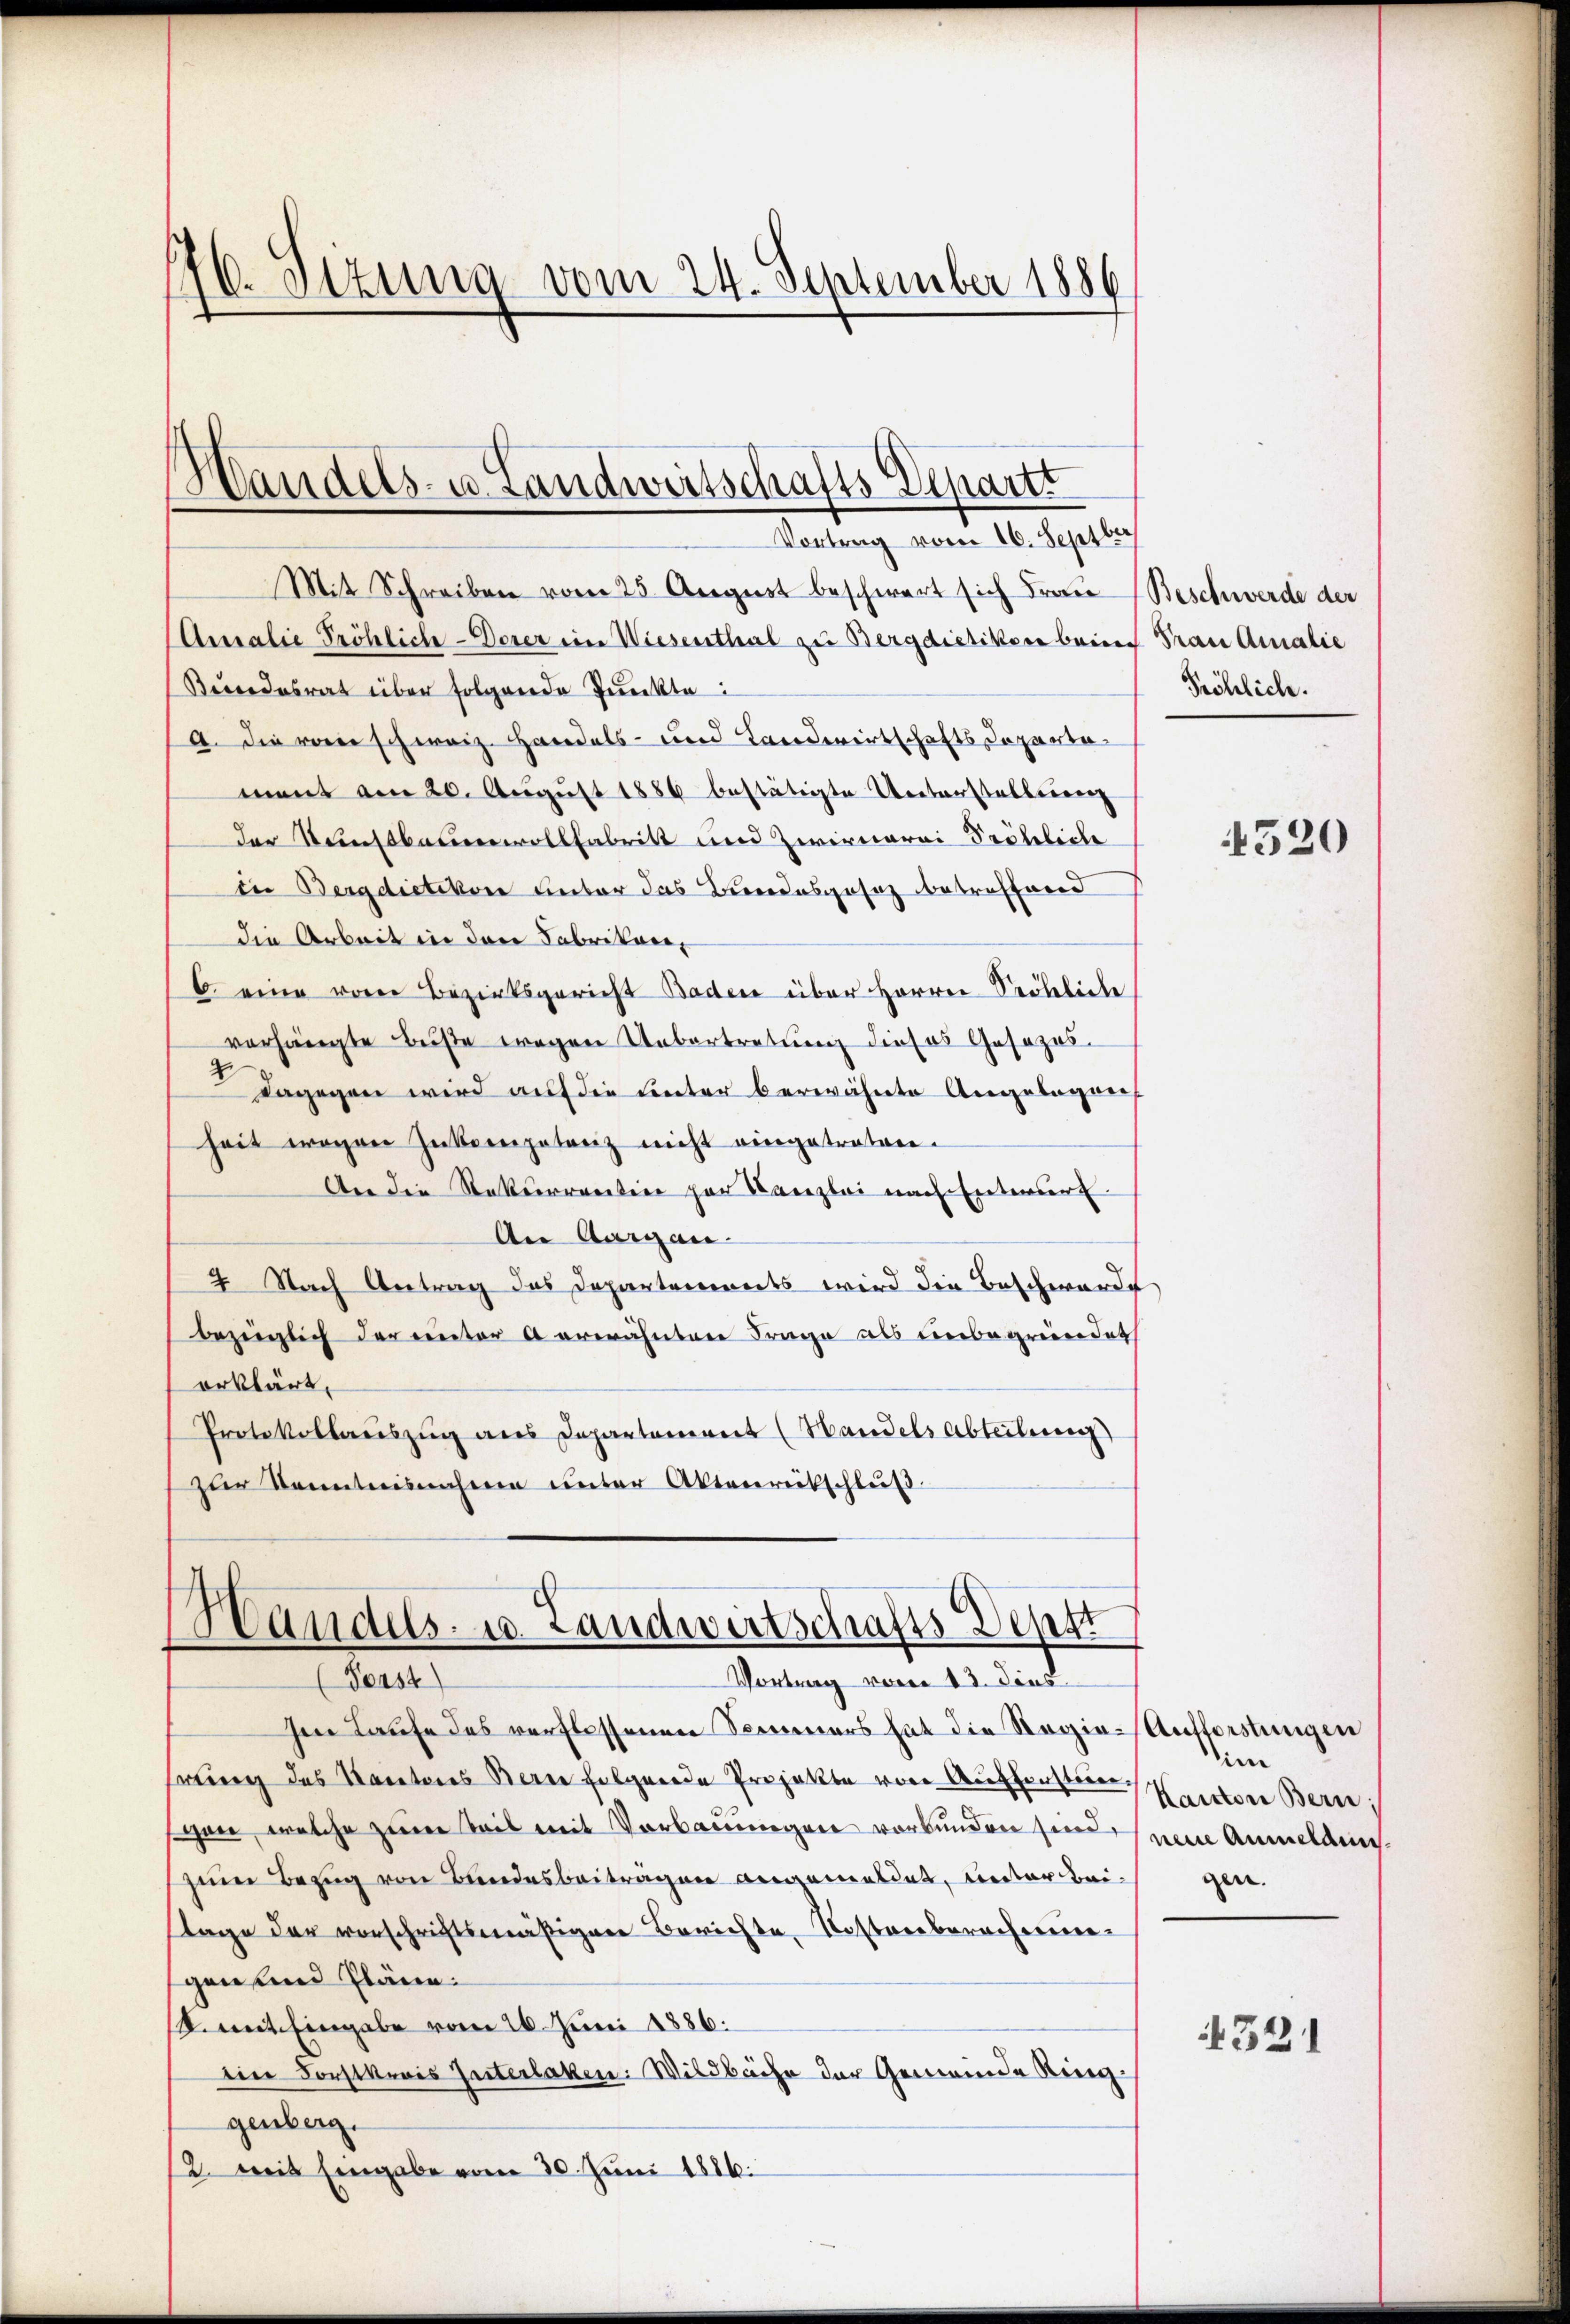
16. Stzung vom 24. September 1886

Vortrag vom 16. Septber
Mit Schreiben vom 25. August beschwert sich Frau Beschwerde der
(Amalie Tröhlich-Derer ein Wiesenthal zu Bergdietikon beim Trau Amalie
Bundesrat über folgende Punkte
a. Die vom schweiz. Handels- und Landwirtschaftsdepartement am 20. August 1886 bestätigte Unterstellung
der Kunstbaumwollfabritt und Zwirnerei Prötliche
in Bergdietikon unter das Bundesgesetz betreffend
die Arbeit in den Fabrikan¬
6. eine vom Bezirksgericht Baden über Herren Seeheliche
vorhängte Buße wegen Uebertretung dieses Gesezes-
dagegen wird auf die unter berwähnte Angelegner
heit wegen Interpatenz nicht eingetreten.
An die Ratserrection zur Kanzlei nach Enteriert
An Aargau
2 Nach Antrag das Departements wird die Beschwerde
bezüglich der unter A erwähntere Frage als einbegründet
erklärt,
Protokollauszug aus Departement (Handelsabteilung
zŭr Kenntnisnahme unter Aktenrütschlŭβ
Handels- u. Landwirtschafts Deput

s
Handels- u. Landwirtschafts Departi

Vortrag vom 13. Dies
(Forst

hen Laufe des verflossenen Sonners hat die Regie-Aufforstungen
hrung des Kantons Bern folgende Projekte von Aufforster Kanton Beri
gen, welche zum Teil mit Vorbauungen vorbunden sind seine Anmeldenszem Bezug von Bundesbeiträgen angemeldet, unter Beistage der vorschriftsmäßiger Berichte, Kostenberachmiegen und Pläne.
S. weit Eingabe vom 26. Juni 1886.
ein Forstkreis Interlaken: Wildbache der Gemeinde Ringgenberg.
2. weit Eingabe vom 30. Juni 1886.

Söhlich.

4520

im
gen.

4321